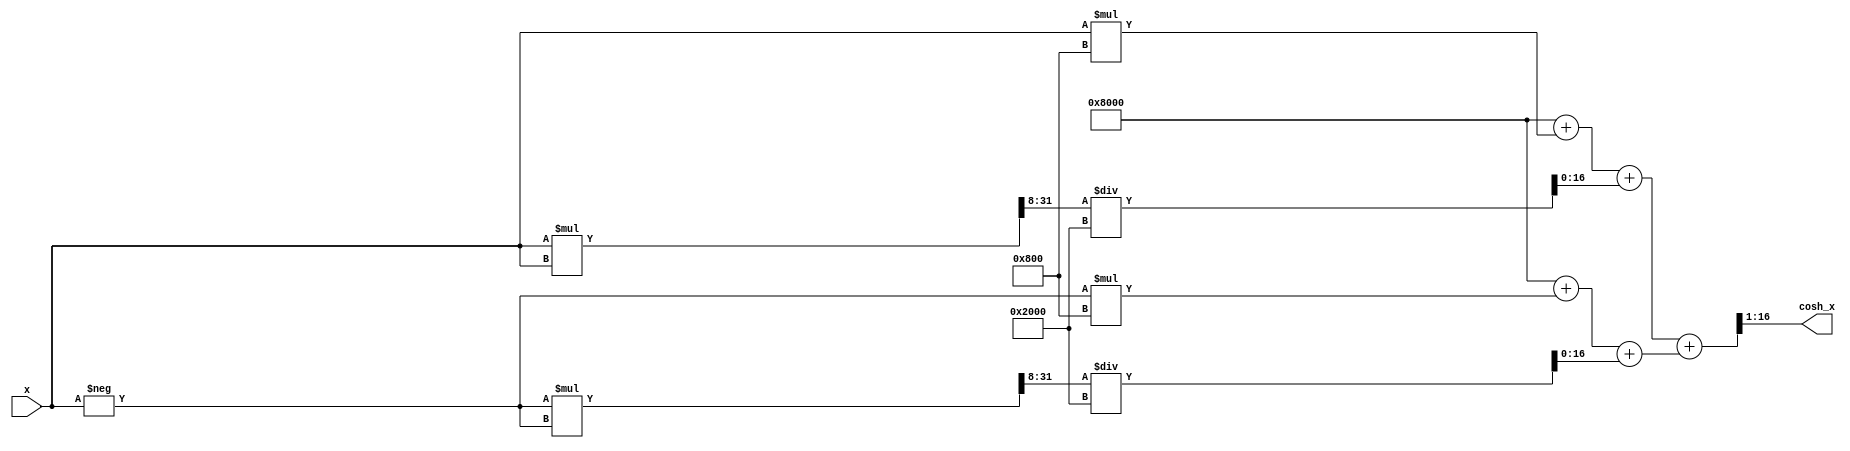
module hyperbolic_cosh(
    input wire signed [15:0] x,            // Input x (fixed-point representation)
    output wire signed [15:0] cosh_x      // Output cosh(x)
);

    // Internal wires
    wire signed [31:0] exp_x, exp_neg_x;
    wire signed [31:0] sum;
    wire signed [31:0] divided;

    // Exponential function approximation using polynomial expansion
    function [31:0] exp_approx; // Polynomial approximation for e^x
        input signed [15:0] x;
        reg [31:0] result;
        reg signed [31:0] x_squared;
        integer i;

        begin
            // Simplified series approximation up to second order
            x_squared = (x * x) >> 8; // x^2 / 256 for scaling
            result = 32768; // e^0 = 1.0 in Q15
            result = result + (x * 2048); // Linear term: x/4 (Q15 scale factor)
            result = result + (x_squared / 8192); // Quadratic term: x^2/8 (Q15 scale factor)
            exp_approx = result;
        end
    endfunction

    // Exponential calculations
    assign exp_x = exp_approx(x);
    assign exp_neg_x = exp_approx(-x);

    // Calculate cosh(x) = (e^x + e^(-x)) / 2
    assign sum = exp_x + exp_neg_x;
    assign divided = sum >> 1; // Division by 2 using right shift

    // Output assign
    assign cosh_x = divided[15:0]; // Taking lower 16 bits for output

endmodule